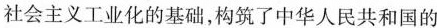
社会主义工业化的基础，构筑了中华人民共和国的